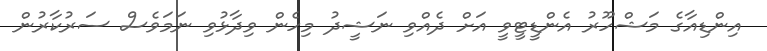
އިންޑިއާގެ މަޝްހޫރު އެންޑީޓީވީ އަށް ދެއްވި ނަޝީދު މިހެން ވިދާޅުވި ނަމަވެސް ސަރުކާރުން